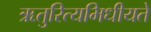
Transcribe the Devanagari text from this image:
ऋतुरित्यभिधीयते